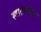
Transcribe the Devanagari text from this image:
स्वातंत्र्यप्रिय